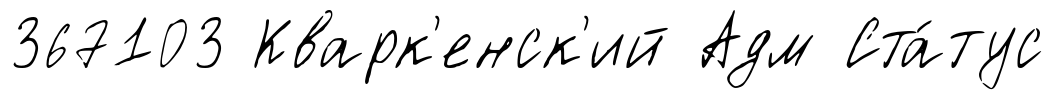
367103 Кварк'енск'ий Адм Ста́тус